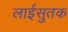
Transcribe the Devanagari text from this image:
लाईसुतक